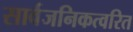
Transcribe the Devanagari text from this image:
सार्वजनिकत्वरित